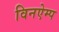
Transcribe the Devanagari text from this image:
विनऐम्प